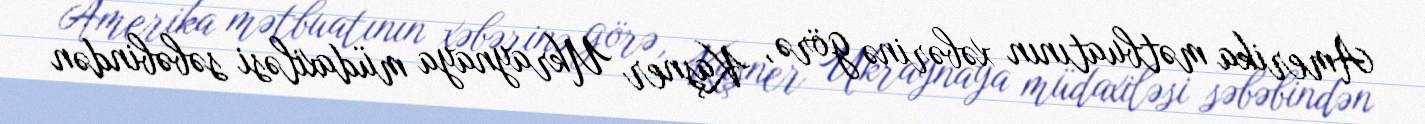
Amerika mətbuatının xəbərinə görə, Kaşner Ukraynaya müdaxiləsi səbəbindən